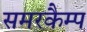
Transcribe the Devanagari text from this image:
समरकैम्प